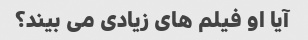
آیا او فیلم های زیادی می بیند؟